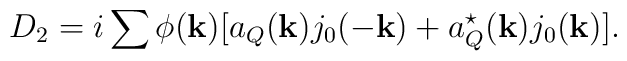
D_2 = i\sum{}\phi({\bf k})[a_Q({\bf k})j_0(-{\bf k}) +a_Q^\star({\bf k})j_0({\bf k})].